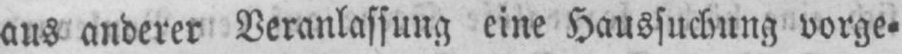
aus anderer Veranlassung eine Haussuchung vorge⸗